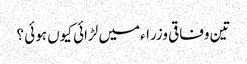
تین وفاقی وزراءمیں لڑائی کیوں ہوئی ؟